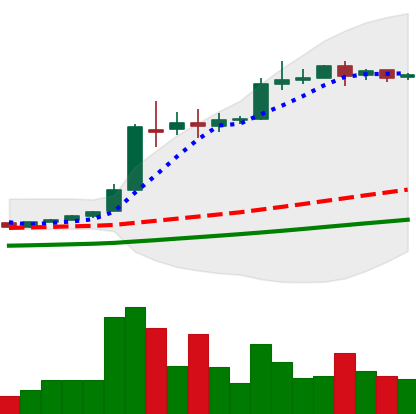
Ticker: BTC-USD
Chart end date: 2016-06-10
Forward return: 20.261%
Label: up_7plus